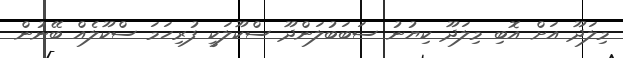
މިލަދޫ އަށް އޮބި މިލަދޫ ކިޔުނު ސަބަބުލަންދޫ ސްކޫލަކީ ފުރިހަމަ ސްކޫލެއް ބޭނުން